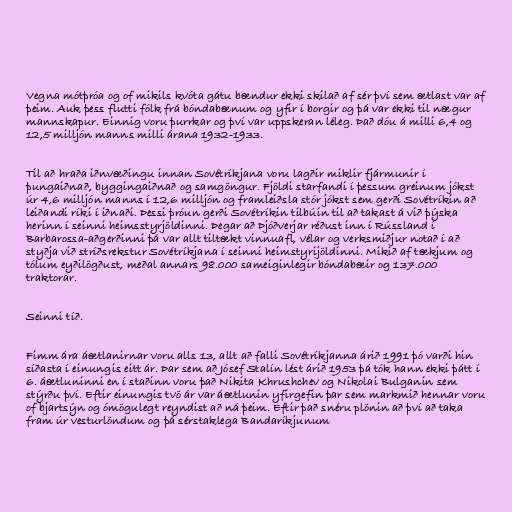
Vegna mótþróa og of mikils kvóta gátu bændur ekki skilað af sér því sem ætlast var af
þeim. Auk þess flutti fólk frá bóndabænum og yfir í borgir og þá var ekki til nægur
mannskapur. Einnig voru þurrkar og því var uppskeran léleg. Það dóu á milli 6,4 og
12,5 milljón manns milli árana 1932-1933.

Til að hraða iðnvæðingu innan Sovétríkjana voru lagðir miklir fjármunir í
þungaiðnað, byggingaiðnað og samgöngur. Fjöldi starfandi í þessum greinum jókst
úr 4,6 milljón manns í 12,6 milljón og framleiðsla stór jókst sem gerði Sovétríkin að
leiðandi ríki í iðnaði. Þessi þróun gerði Sovétríkin tilbúin til að takast á við þýska
herinn í seinni heimsstyrjöldinni. Þegar að Þjóðverjar réðust inn í Rússland í
Barbarossa-aðgerðinni þá var allt tiltækt vinnuafl, vélar og verksmiðjur notað í að
styðja við stríðsrekstur Sovétríkjana í seinni heimstyrijöldinni. Mikið af tækjum og
tólum eyðilögðust, meðal annars 98.000 sameiginlegir bóndabæir og 137.000
traktorar.

Seinni tíð.

Fimm ára áætlanirnar voru alls 13, allt að falli Sovétríkjanna árið 1991 þó varði hin
síðasta í einungis eitt ár. Þar sem að Jósef Stalín lést árið 1953 þá tók hann ekki þátt í
6. áætluninni en í staðinn voru það Nikita Khrushchev og Nikolai Bulganin sem
stýrðu því. Eftir einungis tvö ár var áætlunin yfirgefin þar sem markmið hennar voru
of bjartsýn og ómögulegt reyndist að ná þeim. Eftir það snéru plönin að því að taka
fram úr vesturlöndum og þá sérstaklega Bandaríkjunum